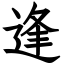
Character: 逢